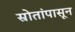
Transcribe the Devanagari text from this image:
स्रोतांपासून